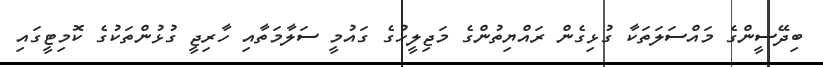
ބިދޭސީންގެ މައްސަލަތަކާ ގުޅިގެން ރައްޔިތުންގެ މަޖިލީހުގެ ގައުމީ ސަލާމަތާއި ހާރިޖީ ގުޅުންތަކުގެ ކޮމިޓީގައި